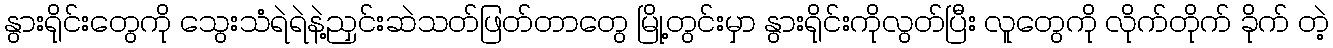
နွားရိုင်းတွေကို သွေးသံရဲရဲနဲ့ညှင်းဆဲသတ်ဖြတ်တာတွေ မြို့တွင်းမှာ နွားရိုင်းကိုလွတ်ပြီး လူတွေကို လိုက်တိုက် ခိုက် တဲ့